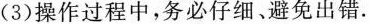
(3)操作过程中，务必仔细、避免出错。